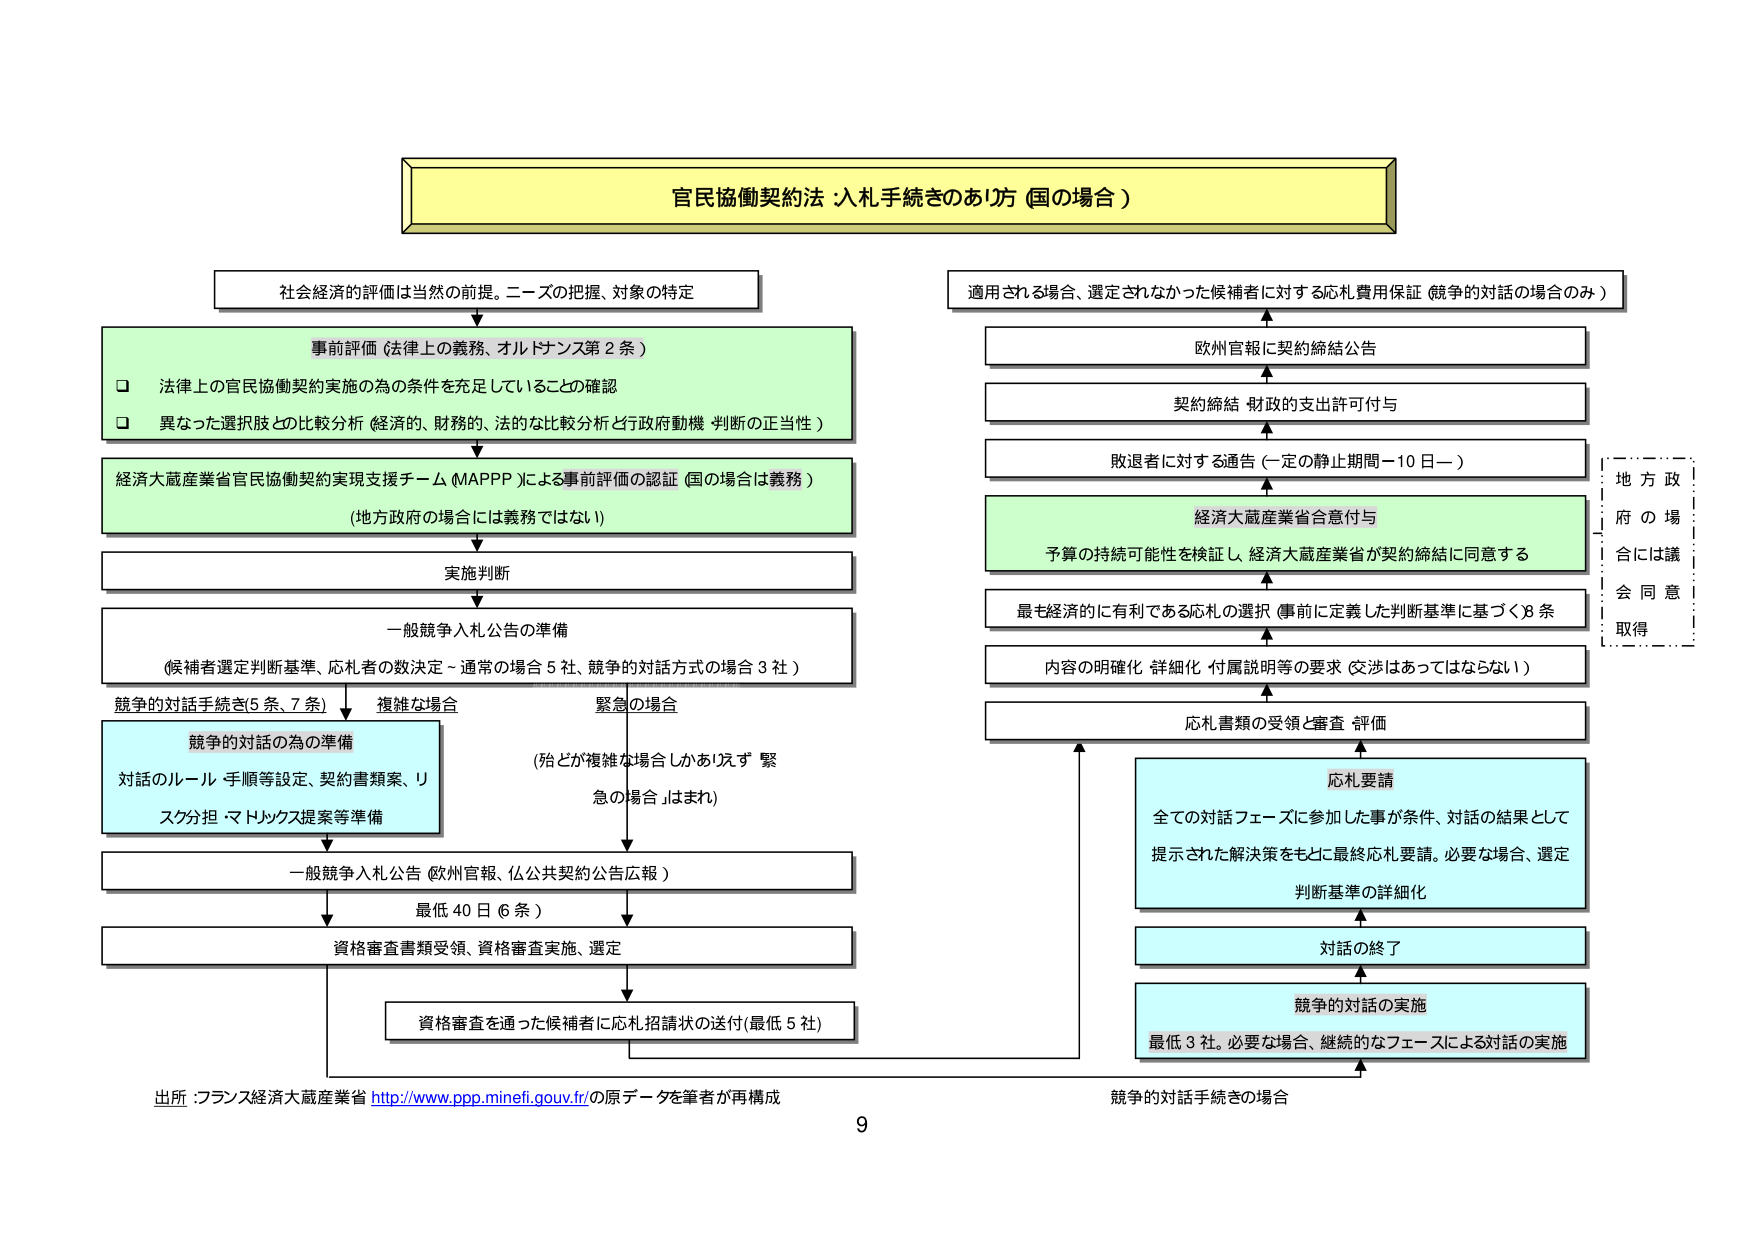
官民協働契約法：入札手続きのあり方（国の場合）

社会経済的評価は当然の前提。ニーズの把握、対象の特定

事前評価（法律上の義務、オルトサンス第2条）
□ 法律上の官民協働契約実施の為の条件を充足していることの確認
□ 異なった選択肢との比較分析（経済的、財務的、法的な比較分析と行政府動機・判断の正当性）

経済大蔵産業省官民協働契約実現支援チーム（MAPP）による事前評価の認証（国の場合は義務）
（地方政府の場合には義務ではない）

実施判断

一般競争入札公告の準備
（候補者選定判断基準、応札者の数決定－通常の場合5社、競争的対話方式の場合3社）

競争的対話手続き（5条、7条） → 複雑な場合
緊急の場合
（殆どが複雑な場合しかおらず「緊急の場合」はまれ）

競争的対話の為の準備
対話のルール・手順等設定、契約書類案、リスク分担・マトリックス提案等準備

一般競争入札公告（欧州官報、仏公共契約公告広報）
最低40日（6条）

資格審査書類受領、資格審査実施、選定

資格審査を通った候補者に応札招請状の送付（最低5社）

適用される場合、選定されなかった候補者に対する応札費用保証（競争的対話の場合のみ）

欧州官報に契約締結公告

契約締結・財政的支出許可付与

敗退者に対する通告（一定の静止期間－10日－）

経済大蔵産業省合意付与
予算の持続可能性を検証し、経済大蔵産業省が契約締結に同意する

最も経済的に有利である応札の選択（事前に定義した判断基準に基づく）8条

内容の明確化・詳細化・付属説明等の要求（交渉はあってはならない）

応札書類の受領と審査・評価

応札要請
全ての対話フェーズに参加した事が条件、対話の結果として提示された解決策をもとに最終応札要請。必要な場合、選定
判断基準の詳細化

対話の終了

競争的対話の実施
最低3社。必要な場合、継続的なフェーズによる対話の実施

地方府の場合には議会同意取得

競争的対話手続きの場合

出所：フランス経済大蔵産業省 http://www.ppp.minefi.gouv.fr/の原データを筆者が再構成

9